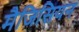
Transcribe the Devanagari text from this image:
मैजिसियन